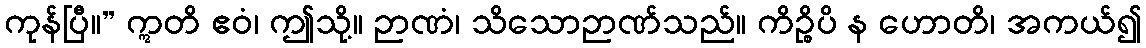
ကုန်ပြီ။” ဣတိ ဧဝံ၊ ဤသို့။ ဉာဏံ၊ သိသောဉာဏ်သည်။ ကိဉ္စိပိ န ဟောတိ၊ အကယ်၍